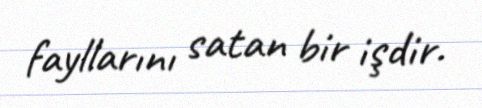
fayllarını satan bir işdir.